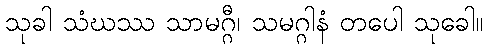
သုခါ သံဃဿ သာမဂ္ဂီ၊ သမဂ္ဂါနံ တပေါ သုခေါ။